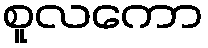
စူလကော